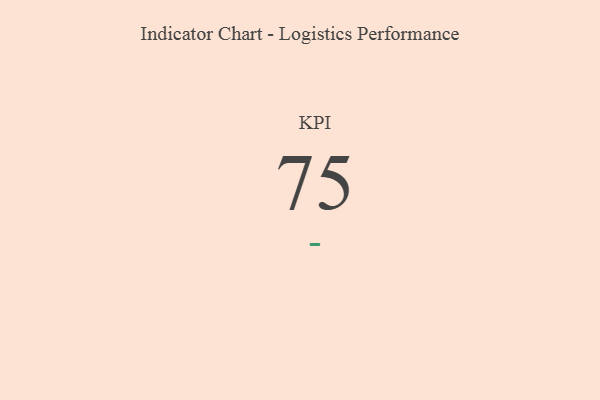
{"axis": {"x": "KPI", "y": "Value"}, "legend": [""], "data": [{"x": "KPI", "y": 75, "type": ""}]}